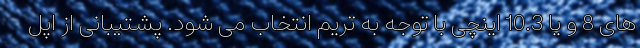
های 8 و یا 10.3 اینچی با توجه به تریم انتخاب می شود. پشتیبانی از اپل